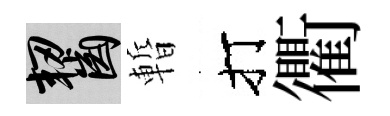
齧暫打衢